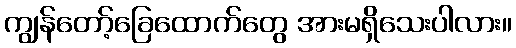
ကျွန်တော့်ခြေထောက်တွေ အားမရှိသေးပါလား။